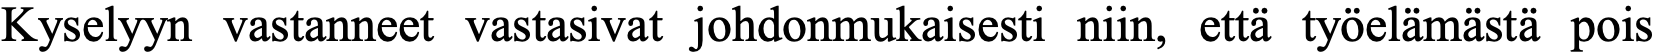
Kyselyyn vastanneet vastasivat johdonmukaisesti niin, että työelämästä pois